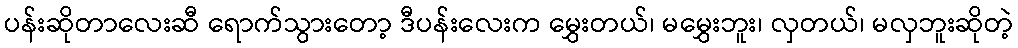
ပန်းဆိုတာလေးဆီ ရောက်သွားတော့ ဒီပန်းလေးက မွှေးတယ်၊ မမွှေးဘူး၊ လှတယ်၊ မလှဘူးဆိုတဲ့